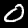
Digit: 0